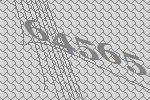
64565